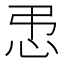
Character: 𪫥